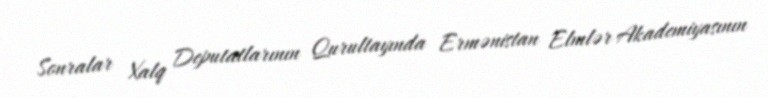
Sonralar Xalq Deputatlarının Qurultayında Ermənistan Elmlər Akademiyasının